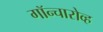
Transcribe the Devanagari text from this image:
गॉन्चारोव्ह